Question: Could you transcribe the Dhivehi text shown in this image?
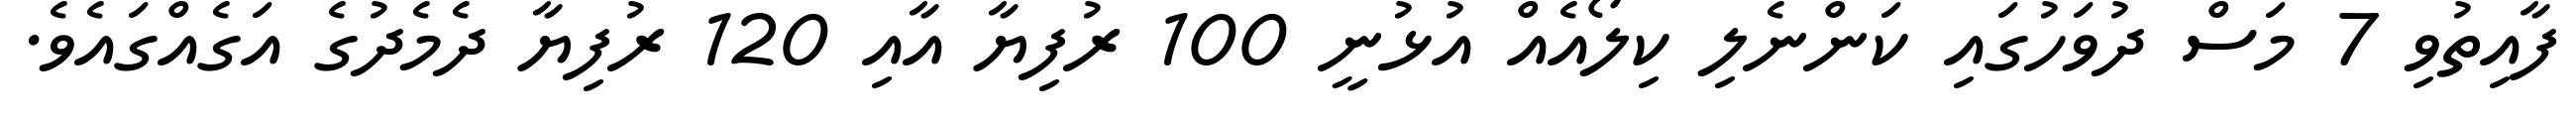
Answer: ފާއިތުވި 7 މަސް ދުވަހުގައި ކަންނެލި ކިލޯއެއް އުޅުނީ 100 ރުފިޔާ އާއި 120 ރުފިޔާ ދެމެދުގެ އަގެއްގައެވެ.